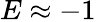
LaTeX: E\approx-1